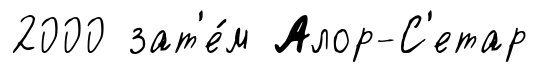
2000 зат'е́м Алор-С'етар